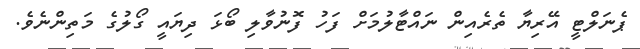
ޕެނަލްޓީ އޭރިޔާ ތެރެއިން ނައްޓާލުމަށް ފަހު ފޮނުވާލި ބޯޅަ ދިޔައީ ގޯލުގެ މަތިންނެވެ.